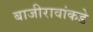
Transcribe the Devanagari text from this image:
बाजीरावांकडे